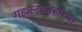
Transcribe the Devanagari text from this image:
गझलकारांच्या